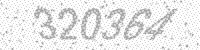
Solution: 320364